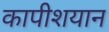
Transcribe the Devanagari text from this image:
कापीशयान